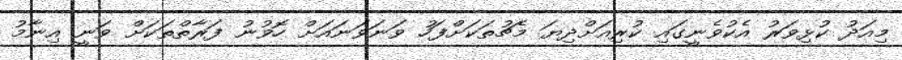
މިއަދު ކުޅިވަރު އެކުވެނީގައި ކުރިއަށްދިޔަ މެޗުތަކަށްފަހު ވަނަވަނައަށް ހޮވުނު ފަރާތްތަކަށް ވަނީ އިނާމު